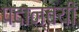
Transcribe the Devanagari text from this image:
पदान्वयी